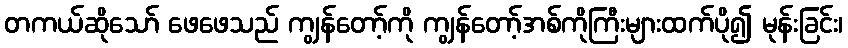
တကယ်ဆိုသော် ဖေဖေသည် ကျွန်တော့်ကို ကျွန်တော့်အစ်ကိုကြီးများထက်ပို၍ မုန်းခြင်း၊